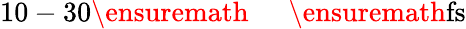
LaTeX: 10-30\ensuremath{\mathrm{~\textrm~{~\, ~}~}}\ensuremath{\mathrm{fs}}